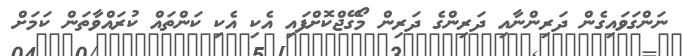
ނަންގަވައިގެން ދަރިންނާއި ދަރިންގެ ދަރިން މޯގޭޖްކޮށްފައި އެކި އެކި ކަންތައް ކުރައްވާތަން ކަމަށް